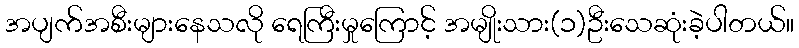
အပျက်အစီးများနေသလို ရေကြီးမှုကြောင့် အမျိုးသား(၁)ဦးသေဆုံးခဲ့ပါတယ်။